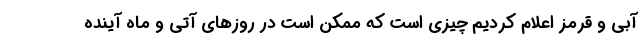
آبی و قرمز اعلام کردیم چیزی است که ممکن است در روزهای آتی و ماه آینده